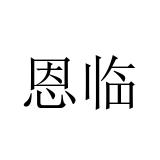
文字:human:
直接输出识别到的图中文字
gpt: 恩临